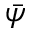
\bar { \psi }